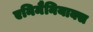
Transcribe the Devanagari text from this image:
एनिमैनियाक्स